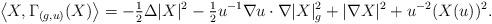
LaTeX: \begin{align*}\left\langle X, \Gamma_{( g, u)}(X) \right\rangle= -\tfrac{1}{2} \Delta |X|^2 - \tfrac{1}{2} u^{-1} {\nabla u} \cdot \nabla |X|_g^2 + |\nabla X|^2 + u^{-2} (X ( u))^2.\end{align*}